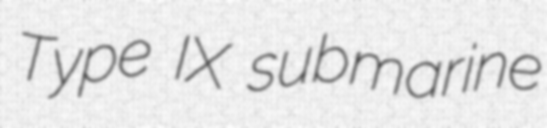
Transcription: Type IX submarine